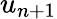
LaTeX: u_{n+1}